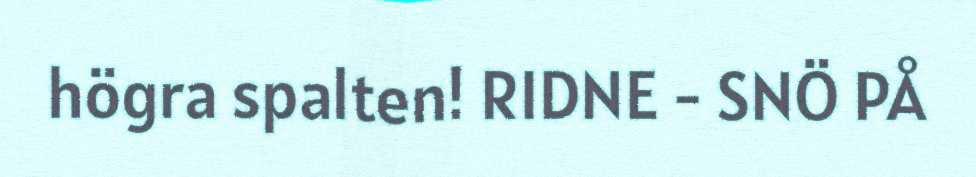
högra spalten! RIDNE - SNÖ PÅ